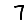
Digit: 7